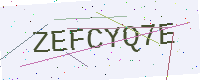
Text: ZEFCYQ7E